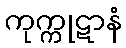
ကုက္ကုဋာနံ